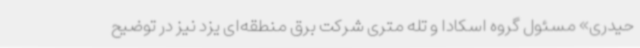
حیدری» مسئول گروه اسکادا و تله متری شرکت برق منطقه‌ای یزد نیز در توضیح